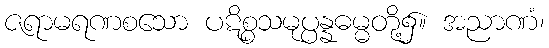
ဇရာမရဏစသော ပဋိစ္စသမုပ္ပန္နဓမ္မတို့၌။ အညာဏံ၊